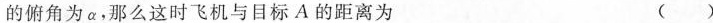
的俯角为α，那么这时飞机与目标A的距离为 ()